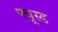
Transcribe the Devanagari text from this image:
फ्यूस्ड